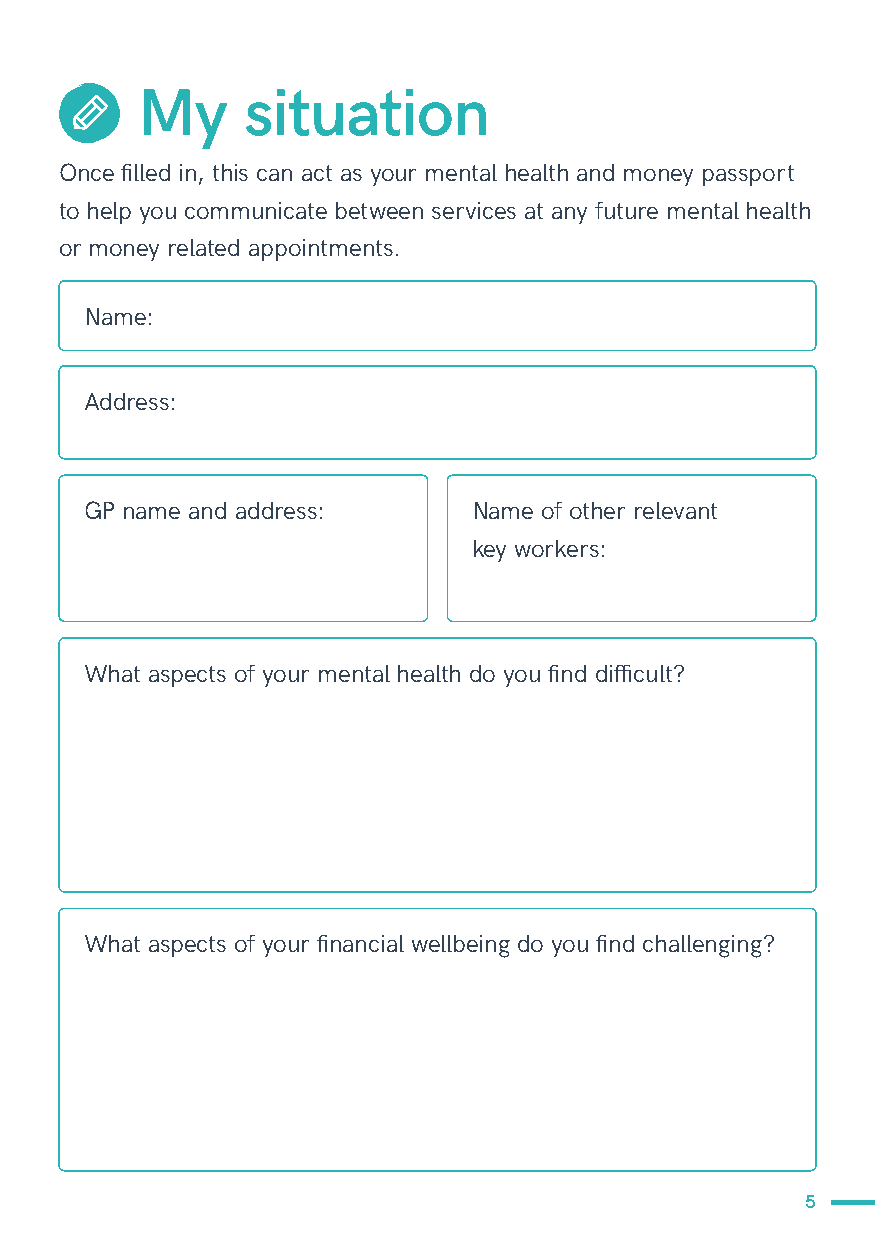
My     situation
 Once filled in, this can act as your mental health and money passport
 to help you communicate between services at any future mental health
 or money related appointments.
 Name:
 Address:
 GP name and address:     Name of other relevant
 key workers:
 What aspects of your mental health do you find difficult?
 What aspects of your financial wellbeing do you find challenging?
 5